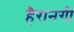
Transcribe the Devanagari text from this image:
हैरानगी